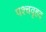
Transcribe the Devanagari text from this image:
पश्चवृहद